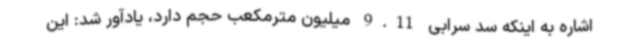
اشاره به اینکه سد سرابی 9.11 میلیون مترمکعب حجم دارد، یادآور شد: این